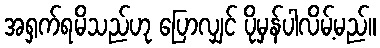
အရှက်ရမိသည်ဟု ပြောလျှင် ပိုမှန်ပါလိမ့်မည်။